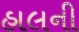
હાલની